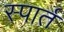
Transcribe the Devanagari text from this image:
स्पार्त